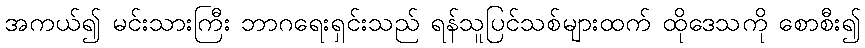
အကယ်၍ မင်းသားကြီး ဘာဂရေးရှင်းသည် ရန်သူပြင်သစ်များထက် ထိုဒေသကို စောစီး၍